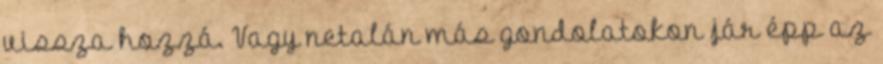
vissza hozzá. Vagy netalán más gondolatokon jár épp az